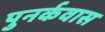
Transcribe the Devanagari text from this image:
पुनर्कवास